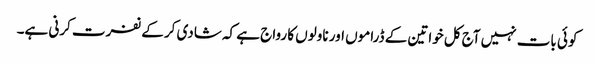
کوئی بات نہیں آج کل خواتین کے ڈراموں اور ناولوں کا رواج ہے کہ شادی کر کے نفرت کرنی ہے۔